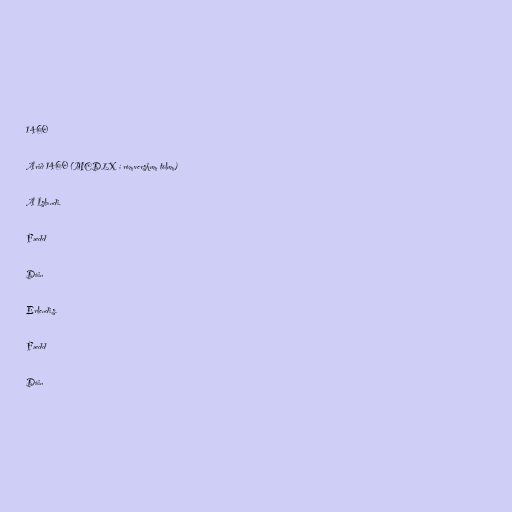
1460

Árið 1460 (MCDLX í rómverskum tölum)

Á Íslandi.

Fædd

Dáin

Erlendis.

Fædd

Dáin